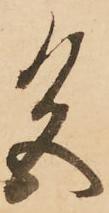
色